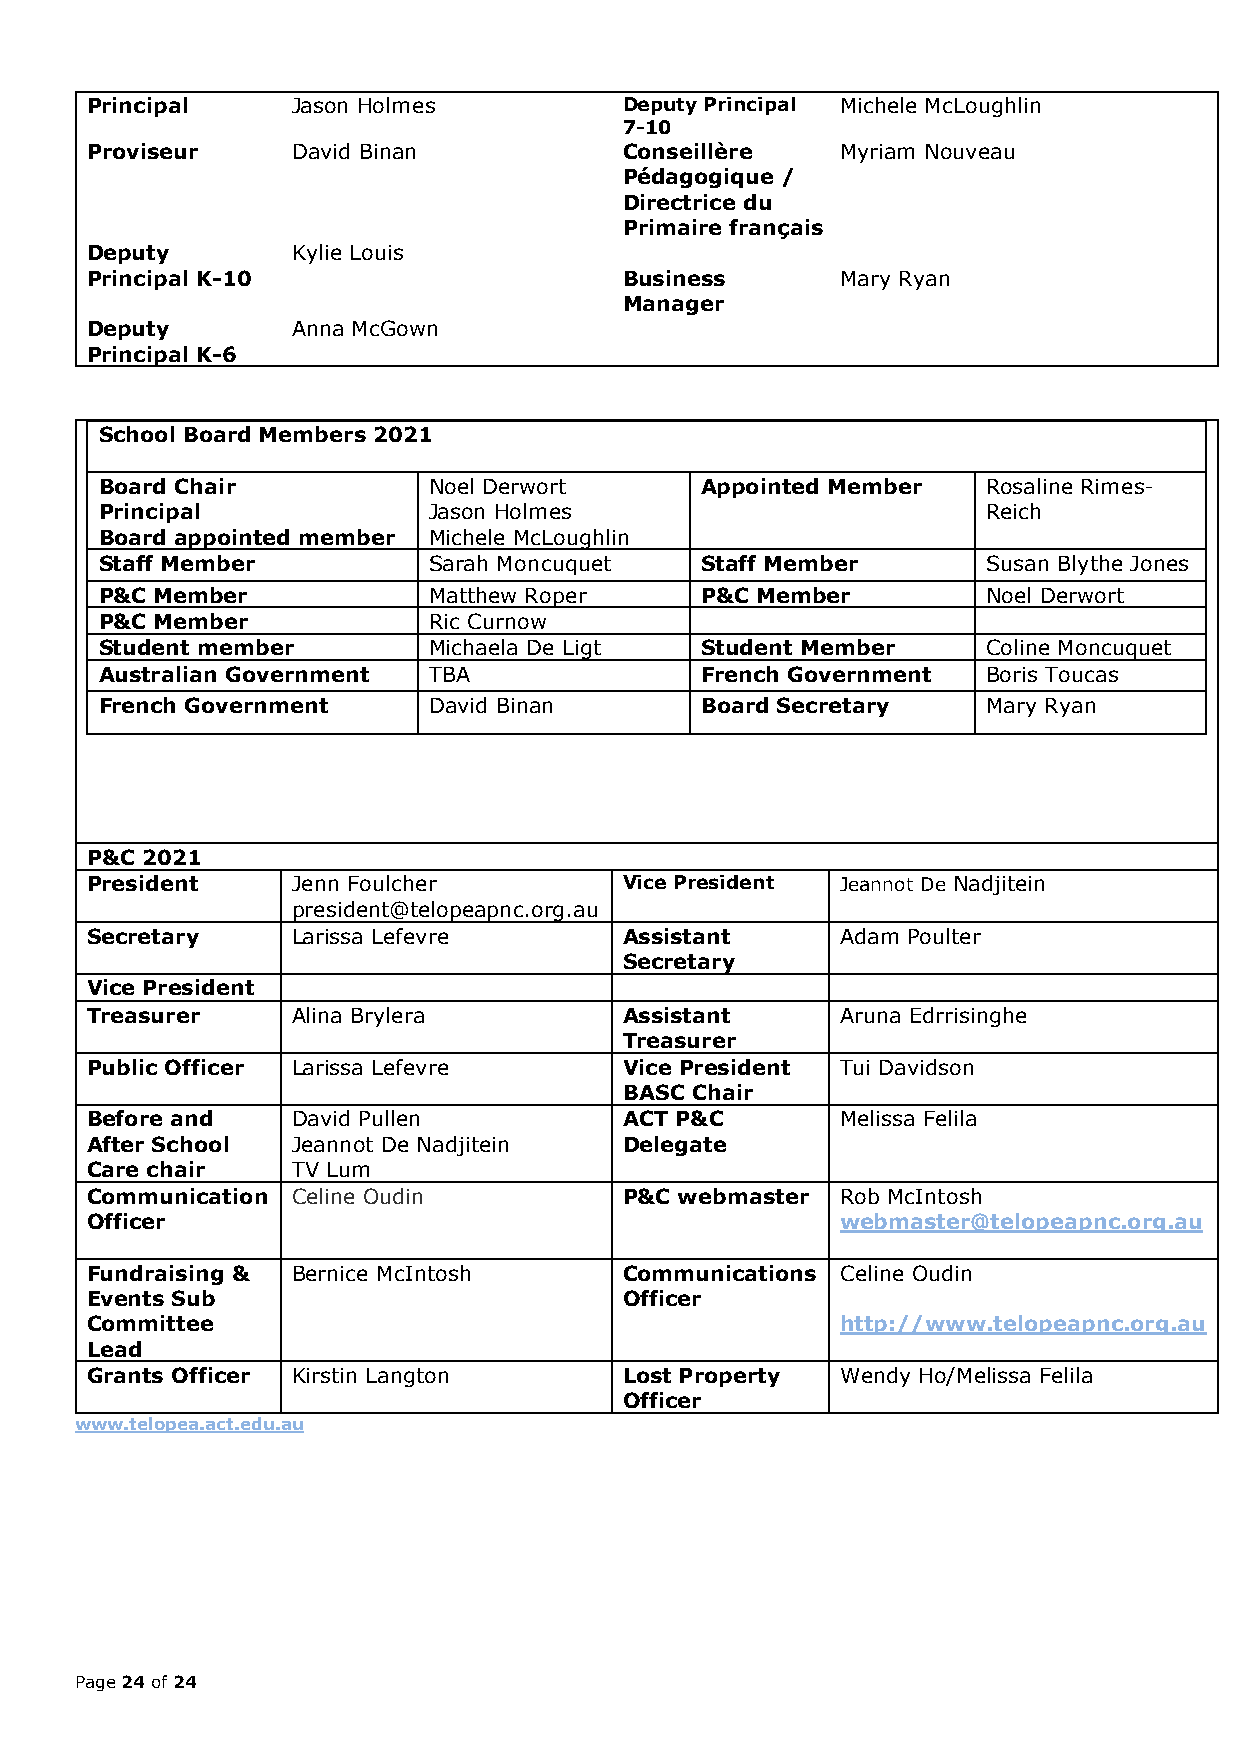
Principal    Jason Holmes          Deputy Principal Michele McLoughlin
 7 -10
 Proviseur    David Binan           Conseillère    Myriam Nouveau
 Pédagogique /
 Directrice du
 Primaire français
 Deputy       Kylie Louis
 Principal K-10                     Business       Mary Ryan
 Manager
 Deputy       Anna McGown
 Principal K-6
 School Board Members 2021
 Board Chair          Noel Derwort      Appointed Member   Rosaline Rimes-
 Principal            Jason Holmes                         Reich
 Board appointed member Michele McLoughlin
 Staff Member         Sarah Moncuquet   Staff Member       Susan Blythe Jones
 P&C Member           Matthew Roper     P&C Member         Noel Derwort
 P&C Member           Ric Curnow
 Student member       Michaela De Ligt  Student Member     Coline Moncuquet
 Australian Government TBA              French Government  Boris Toucas
 French Government    David Binan       Board Secretary    Mary Ryan
 P&C 2021
 President    Jenn Foulcher         Vice President Jeannot De Nadjitein
 president@telopeapnc.org.au
 Secretary    Larissa Lefevre       Assistant      Adam Poulter
 Secretary
 Vice President
 Treasurer    Alina Brylera         Assistant      Aruna Edrrisinghe
 Treasurer
 Public Officer Larissa Lefevre     Vice President Tui Davidson
 BASC Chair
 Before and   David Pullen          ACT P&C        Melissa Felila
 After School Jeannot De Nadjitein  Delegate
 Care chair   TV Lum
 Communication C eline Oudin        P&C webmaster  R o b McIntosh
 Officer                                           webmaster@telopeapnc.org.au
 Fundraising & Bernice McIntosh     Communications Celine Oudin
 Events Sub                         Officer
 Committee                                         http://www.telopeapnc.org.au
 Lead
 Grants Officer Kirstin Langton     Lost Property  Wendy Ho/Melissa Felila
 Officer
 www.telopea.act.edu.au
 Page 24 of 24